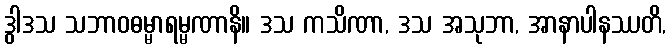
ဒွါဒသ သဘာဝဓမ္မာရမ္မဏာနိ။ ဒသ ကသိဏာ, ဒသ အသုဘာ, အာနာပါနဿတိ,